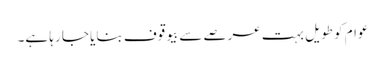
عوام کو طویل بہت عرصے سے بیوقوف بنایا جا رہا ہے۔